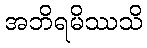
အဘိရမိဿသိ